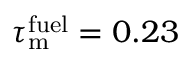
\tau _ { \mathrm { m } } ^ { \mathrm { f u e l } } = 0 . 2 3